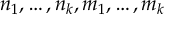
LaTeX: n _ { 1 } , \dots , n _ { k } , m _ { 1 } , \dots , m _ { k }